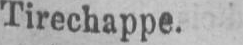
Tirechappe.